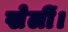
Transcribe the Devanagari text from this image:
खेलीं।